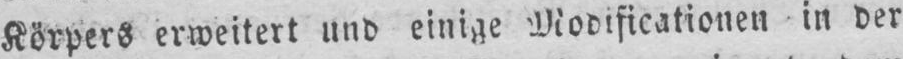
Körpers erweitert und einige Modificationen in der